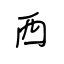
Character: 西